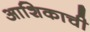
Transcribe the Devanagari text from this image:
आशिकाची